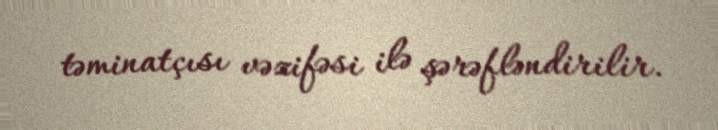
təminatçısı vəzifəsi ilə şərəfləndirilir.